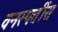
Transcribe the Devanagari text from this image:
वनस्पतींस